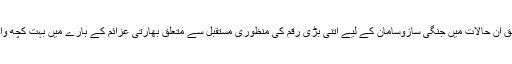
ماہرین کے مطابق ان حالات میں جنگی سازوسامان کے لیے اتنی بڑی رقم کی منظوری مستقبل سے متعلق بھارتی عزائم کے بارے میں بہت کچھ واضح کررہی ہے۔